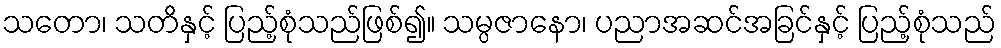
သတော၊ သတိနှင့် ပြည့်စုံသည်ဖြစ်၍။ သမ္ပဇာနော၊ ပညာအဆင်အခြင်နှင့် ပြည့်စုံသည်